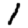
Digit: 1